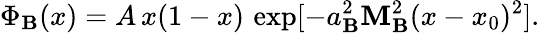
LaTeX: \Phi_{\mathbf{B}}(x)=A\, x(1-x)\, \exp[-a_{\mathbf{B}}^{2}\mathbf{M}_{\mathbf{B}}^{2}(x-x_{0})^{2}].